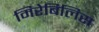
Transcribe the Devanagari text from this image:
मिरेबिलिस